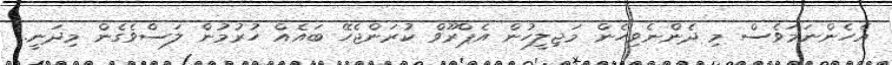
އެހެންނަމަވެސް މި ދެންނެވިހެން މަޖިލީހުން އެޕްރޫވް ކުރަންޖެހޭ ބައެއް ހުރުމުން ލަސްވެގެން މިދަނީ.